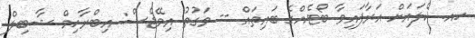
ހއ. ކެލައަށް އަރާފައިވާ ބޯޓެއްގެ ބައިތައް -- ވަގުތު އިމޭޖެސް: އިބްރާހިމް ޝާބިލް